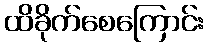
ထိခိုက်စေကြောင်း